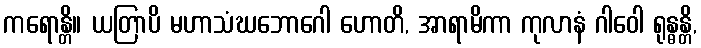
ကရောန္တိ။ ယတြာပိ မဟာသံဃဘောဂေါ ဟောတိ, အာရာမိကာ ကုလာနံ ဂါဝေါ ရုန္ဓန္တိ,